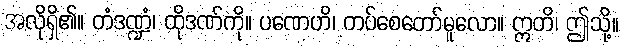
အလိုရှိ၏။ တံဒဏ္ဍံ၊ ထိုဒဏ်ကို။ ပဏေဟိ၊ တပ်စေတော်မူလော။ ဣတိ၊ ဤသို့။